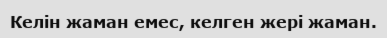
Келін жаман емес, келген жері жаман.